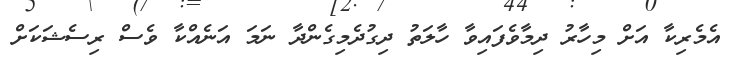
އެމެރިކާ އަށް މިހާރު ދިމާވެފައިވާ ހާލަތު ދިގުދެމިގެންދާ ނަމަ އަނެއްކާ ވެސް ރިސެޝަކަށް